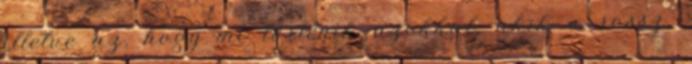
illetve az, hogy mi történik azokkal, akik a rossz,